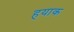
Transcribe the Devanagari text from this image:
हयाक